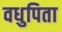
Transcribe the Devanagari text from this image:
वधुपिता